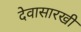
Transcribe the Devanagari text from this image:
देवासारखी